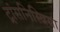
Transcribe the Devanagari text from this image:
ट्रांसनिस्त्रिया